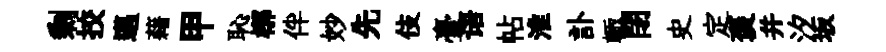
剰挍邁藉甲恥槨伴妙先伎臺语帖淮訃輙閉史定褒并汐坂